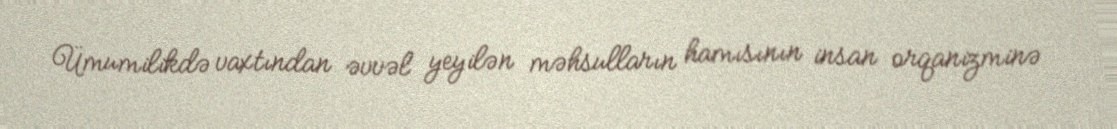
Ümumilikdə vaxtından əvvəl yeyilən məhsulların hamısının insan orqanizminə